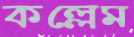
কল্লেম